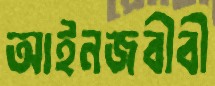
আইনজবীবী